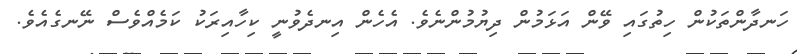
ހަނދާންތަކުން ހިތުގައި ވޭން އަޅަމުން ދިޔުމުންނެވެ. އެހެން އިނދެވުނީ ކިހާއިރަކު ކަމެއްވެސް ނޭނގެއެވެ.